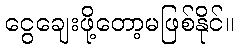
ငွေချေးဖို့တော့မဖြစ်နိုင်။